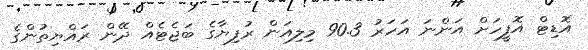
އޮޑިޓް އޮފީހަށް އަންނަ އަހަރު 90.3 މިލިއަން ރުފިޔާގެ ބަޖެޓެއް ދޭން ރައްޔިތުންގެ